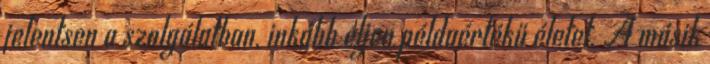
jelentsen a szolgálatban, inkább éljen példaértékű életet. A másik